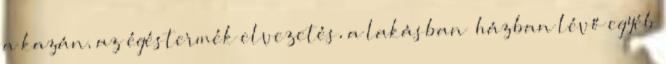
a kazán, az égéstermék elvezetés, a lakásban házban lévő egyéb